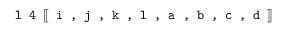
\texttt { l 4 } [ \! [ \texttt { i , j , k , l , a , b , c , d } ] \! ]